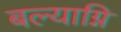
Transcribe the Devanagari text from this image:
बल्याग्नि